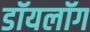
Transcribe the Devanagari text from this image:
डॉयलॉग